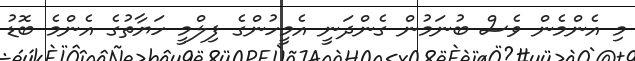
މި އެންމެން ވެސް ބުނަމުން ގެންދަނީ އެމީހުންގެ ފިލްމީ ހަޔާތުގެ އެންމެ ބޮޑު